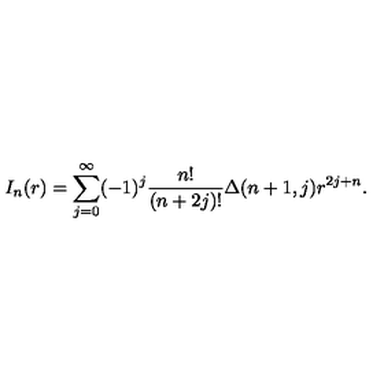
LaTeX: I _ { n } ( r ) = \sum _ { j = 0 } ^ { \infty } ( - 1 ) ^ { j } \frac { n ! } { ( n + 2 j ) ! } \Delta ( n + 1 , j ) r ^ { 2 j + n } .